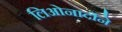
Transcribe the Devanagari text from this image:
लिओनार्दोने